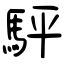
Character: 駍